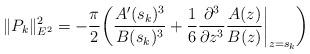
LaTeX: \begin{align*} \|P_k\|^2_{E^2} = -\frac{\pi}{2}\bigg( \frac{A'(s_k)^3}{B(s_k)^3} + \frac{1}{6}\frac{\partial^3}{\partial z^3}\frac{A(z)}{B(z)}\bigg|_{z=s_k}\bigg)\end{align*}